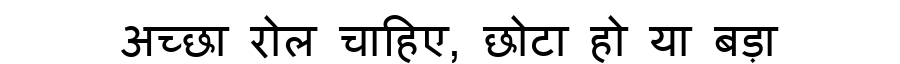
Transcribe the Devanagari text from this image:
अच्छा रोल चाहिए, छोटा हो या बड़ा